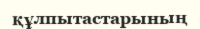
құлпытастарының